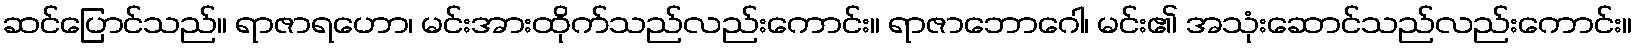
ဆင်ပြောင်သည်။ ရာဇာရဟော၊ မင်းအားထိုက်သည်လည်းကောင်း။ ရာဇာဘောဂေါ၊ မင်း၏ အသုံးဆောင်သည်လည်းကောင်း။